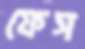
ফেস